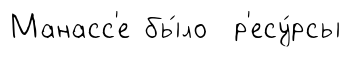
Манасс'е бы́ло р'есу́рсы